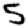
Digit: 5